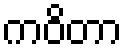
ကဝိတာ